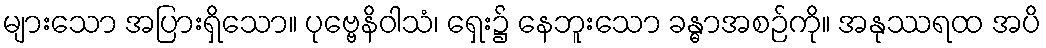
များသော အပြားရှိသော။ ပုဗ္ဗေနိဝါသံ၊ ရှေး၌ နေဘူးသော ခန္ဓာအစဉ်ကို။ အနုဿရထ အပိ